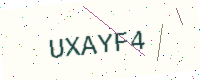
Text: UXAYF4